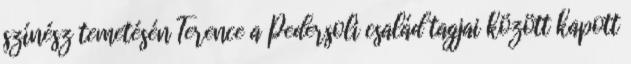
színész temetésén Terence a Pedersoli család tagjai között kapott